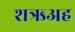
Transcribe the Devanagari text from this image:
शऋअह